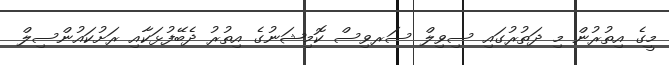
މީގެ އިތުރުން މި ދަތުރުގައި ސިވިލް ސަރވިސް ކޮމިޝަނުގެ އިތުރު ދެބޭފުޅަކާއި ރަށުކައުންސިލް